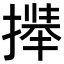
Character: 𫽻